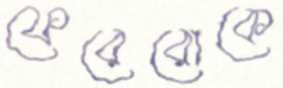
ফেরেরোকে